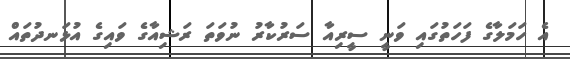
އެ ހަމަލާގެ ފަހަތުގައި ވަނީ ސީރިއާ ސަރުކާރު ނުވަތަ ރަޝިއާގެ ވައިގެ އުޅަނދުތައް